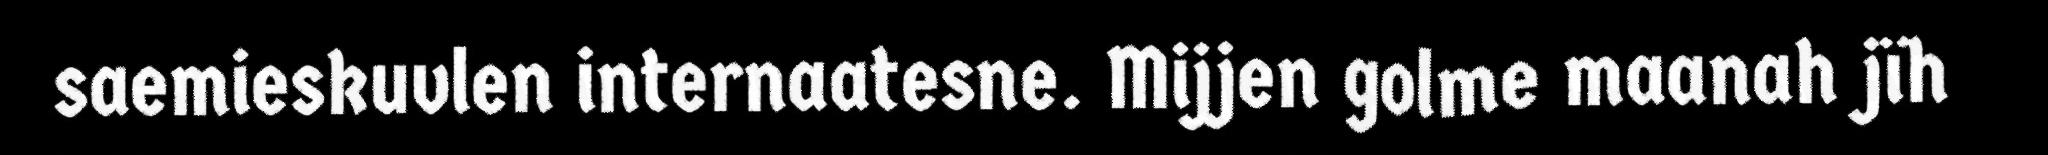
saemieskuvlen internaatesne. Mijjen golme maanah jïh